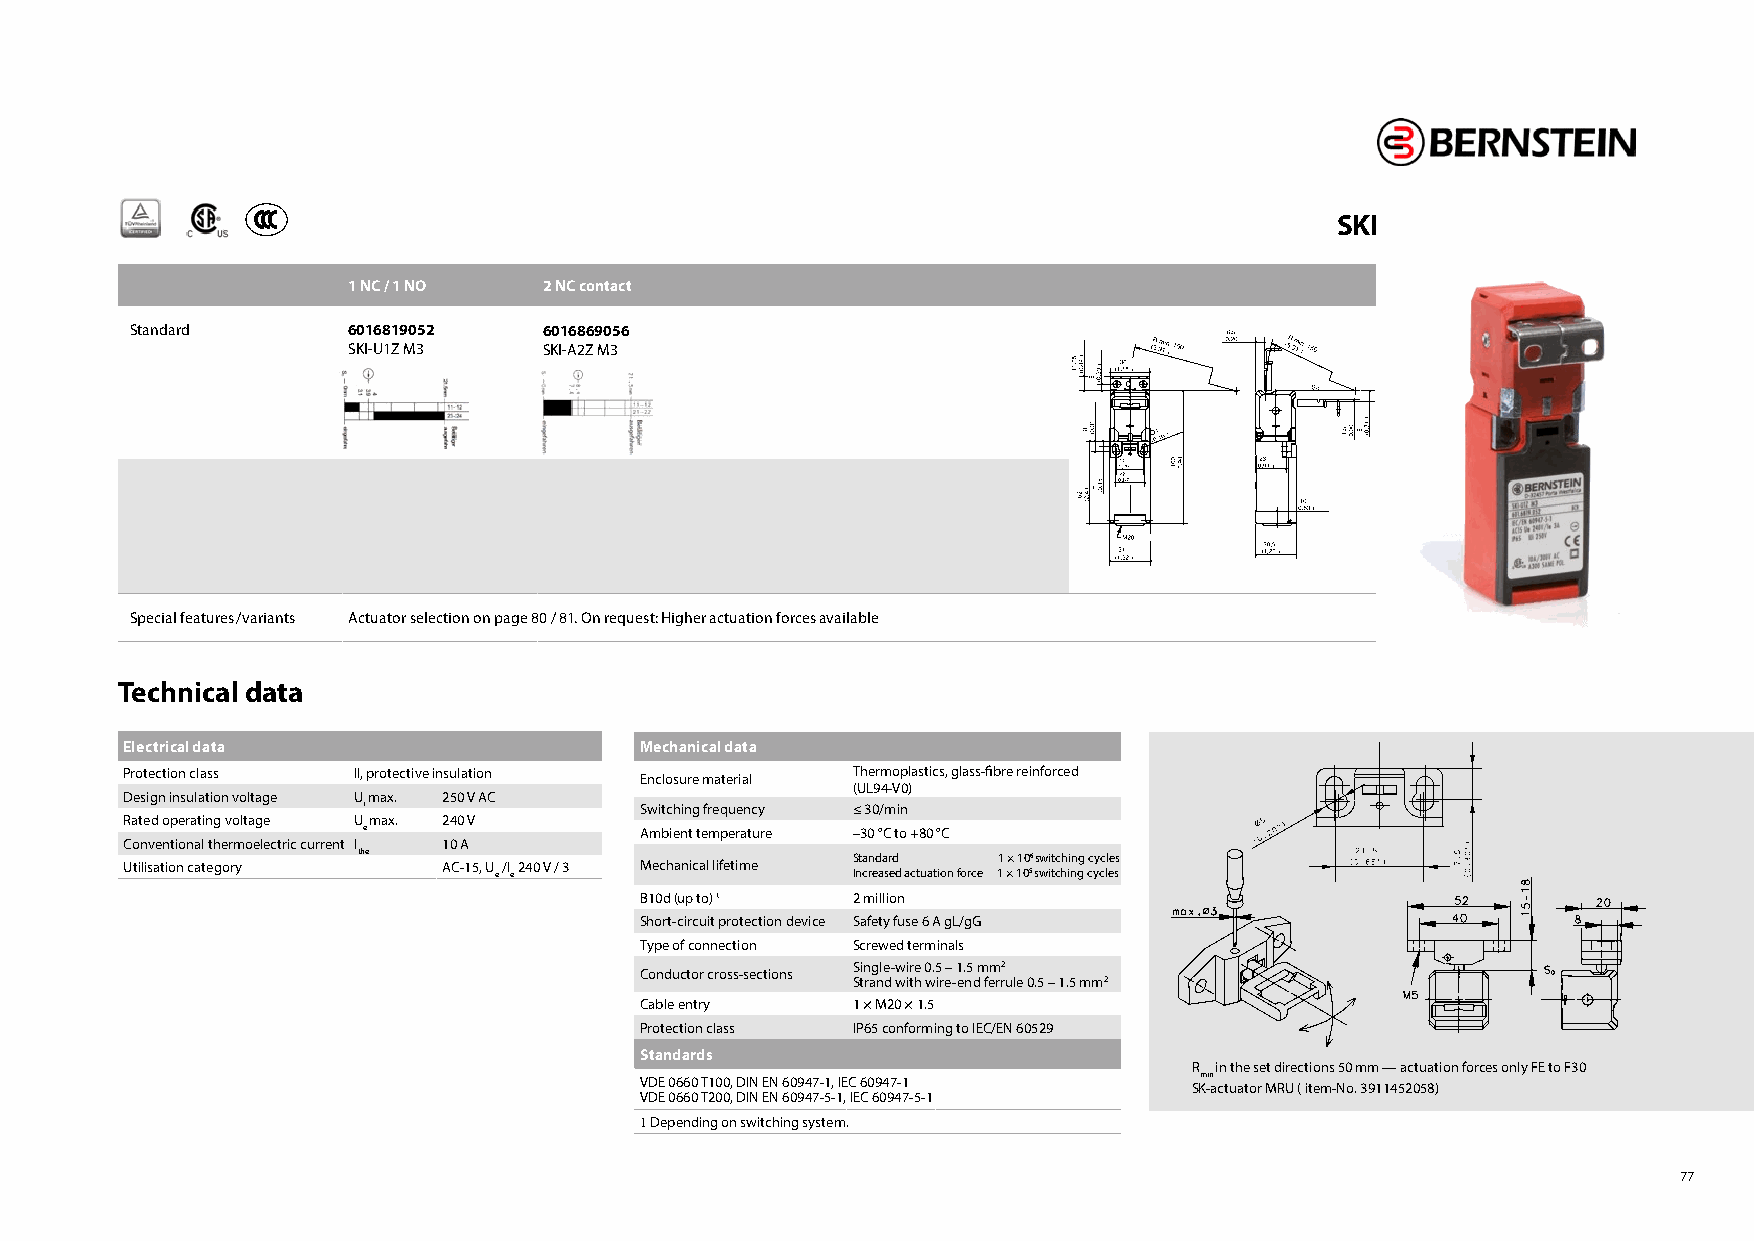
SKI
 1 NC / 1 NO  2 NC contact
 Standard      6016819052   6016869056
 SKI-U1Z M3   SKI-A2Z M3
 Special features/ variants Actuator selection on page 80 / 81. On request: Higher actuation forces available
 Technical data
 Electrical data                   Mechanical data
 Protection class II, protective insulation      Thermoplastics, glass-fibre reinforced
 Enclosure material
 (UL94-V0)
 Design insulation voltage U max. 250 V AC
 i                 Switching frequency ≤ 30/min
 Rated operating voltage Umax. 240 V
 e                 Ambient temperature –30 °C to +80 °C
 Conventional thermoelectric current I 10 A
 the                             Standard  1 × 106 switching cycles
 Utilisation category AC-15, U e /I e 240 V / 3 Mechanical lifetime Increased actuation force 1 × 105 switching cycles
 B10d (up to) � 2 million
 Short-circuit protection device Safety fuse 6 A gL/gG
 Type of connection Screwed terminals
 Single-wire 0.5 – 1.5 mm2
 Conductor cross-sections
 Strand with wire-end ferrule 0.5 – 1.5 mm2
 Cable entry   1 × M20 × 1.5
 Protection class IP65 conforming to IEC/EN 60529
 Standards
 R in the set directions 50 mm — actuation forces only FE to F30
 VDE 0660 T100, DIN EN 60947-1, IEC 60947-1 SKm -in a ctuator MRU ( item-No. 3911452058)
 VDE 0660 T200, DIN EN 60947-5-1, IEC 60947-5-1
 � Depending on switching system.
 77